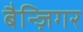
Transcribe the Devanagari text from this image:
बैन्ज़िगर